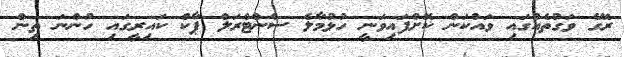
ރޭގެ ވަގުތެއްގައި ވައްކަން ކޮށްފައިވަނީ ހުޅުމާލެ ސެންޓްރަލް ޕާކް ކައިރީގައި ހުންނަ ތިން